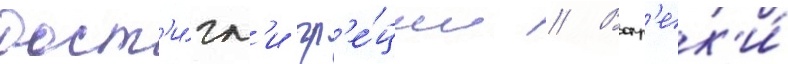
дост'и́гл'и гр'е́ции // Вопр'ек'и́